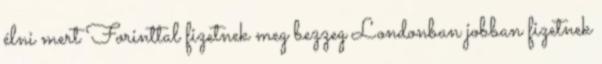
élni mert Forinttal fizetnek meg bezzeg Londonban jobban fizetnek